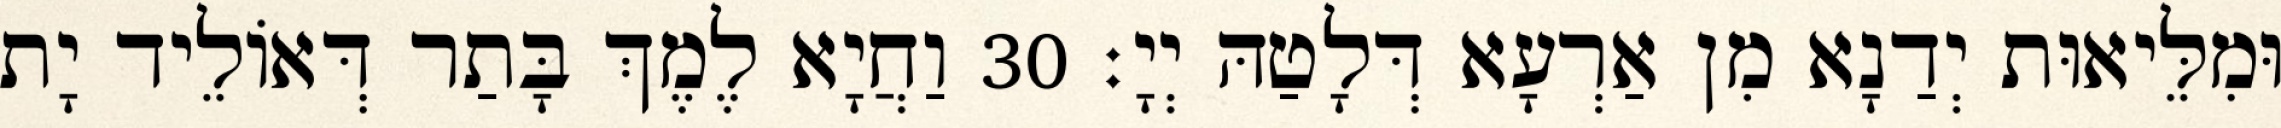
וּמִלֵּיאוּת יְדַנָא מִן אַרְעָא דְּלָטַהּ יְיָ׃ 30 וַחֲיָא לֶמֶךְ בָּתַר דְּאוֹלֵיד יָת